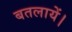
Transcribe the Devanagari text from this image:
बतलायें।